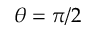
\theta = \pi / 2